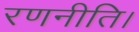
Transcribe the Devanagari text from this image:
रणनीति।